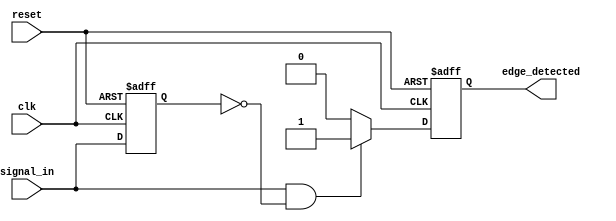
module positive_edge_detector (
    input wire clk,          // Clock signal
    input wire reset,        // Asynchronous reset signal
    input wire signal_in,    // Input signal to detect rising edge
    output reg edge_detected  // Output signal for rising edge detection
);
    
    reg previous_state;      // Register to hold the previous state of signal_in

    // Asynchronous reset and edge detection logic
    always @(posedge clk or posedge reset) begin
        if (reset) begin
            previous_state <= 1'b0;  // Reset previous state
            edge_detected <= 1'b0;    // Reset edge detected output
        end else begin
            // Check for rising edge
            if (signal_in == 1'b1 && previous_state == 1'b0) begin
                edge_detected <= 1'b1;  // Rising edge detected
            end else begin
                edge_detected <= 1'b0;   // No rising edge
            end

            // Update previous state
            previous_state <= signal_in;         
        end
    end
    
endmodule